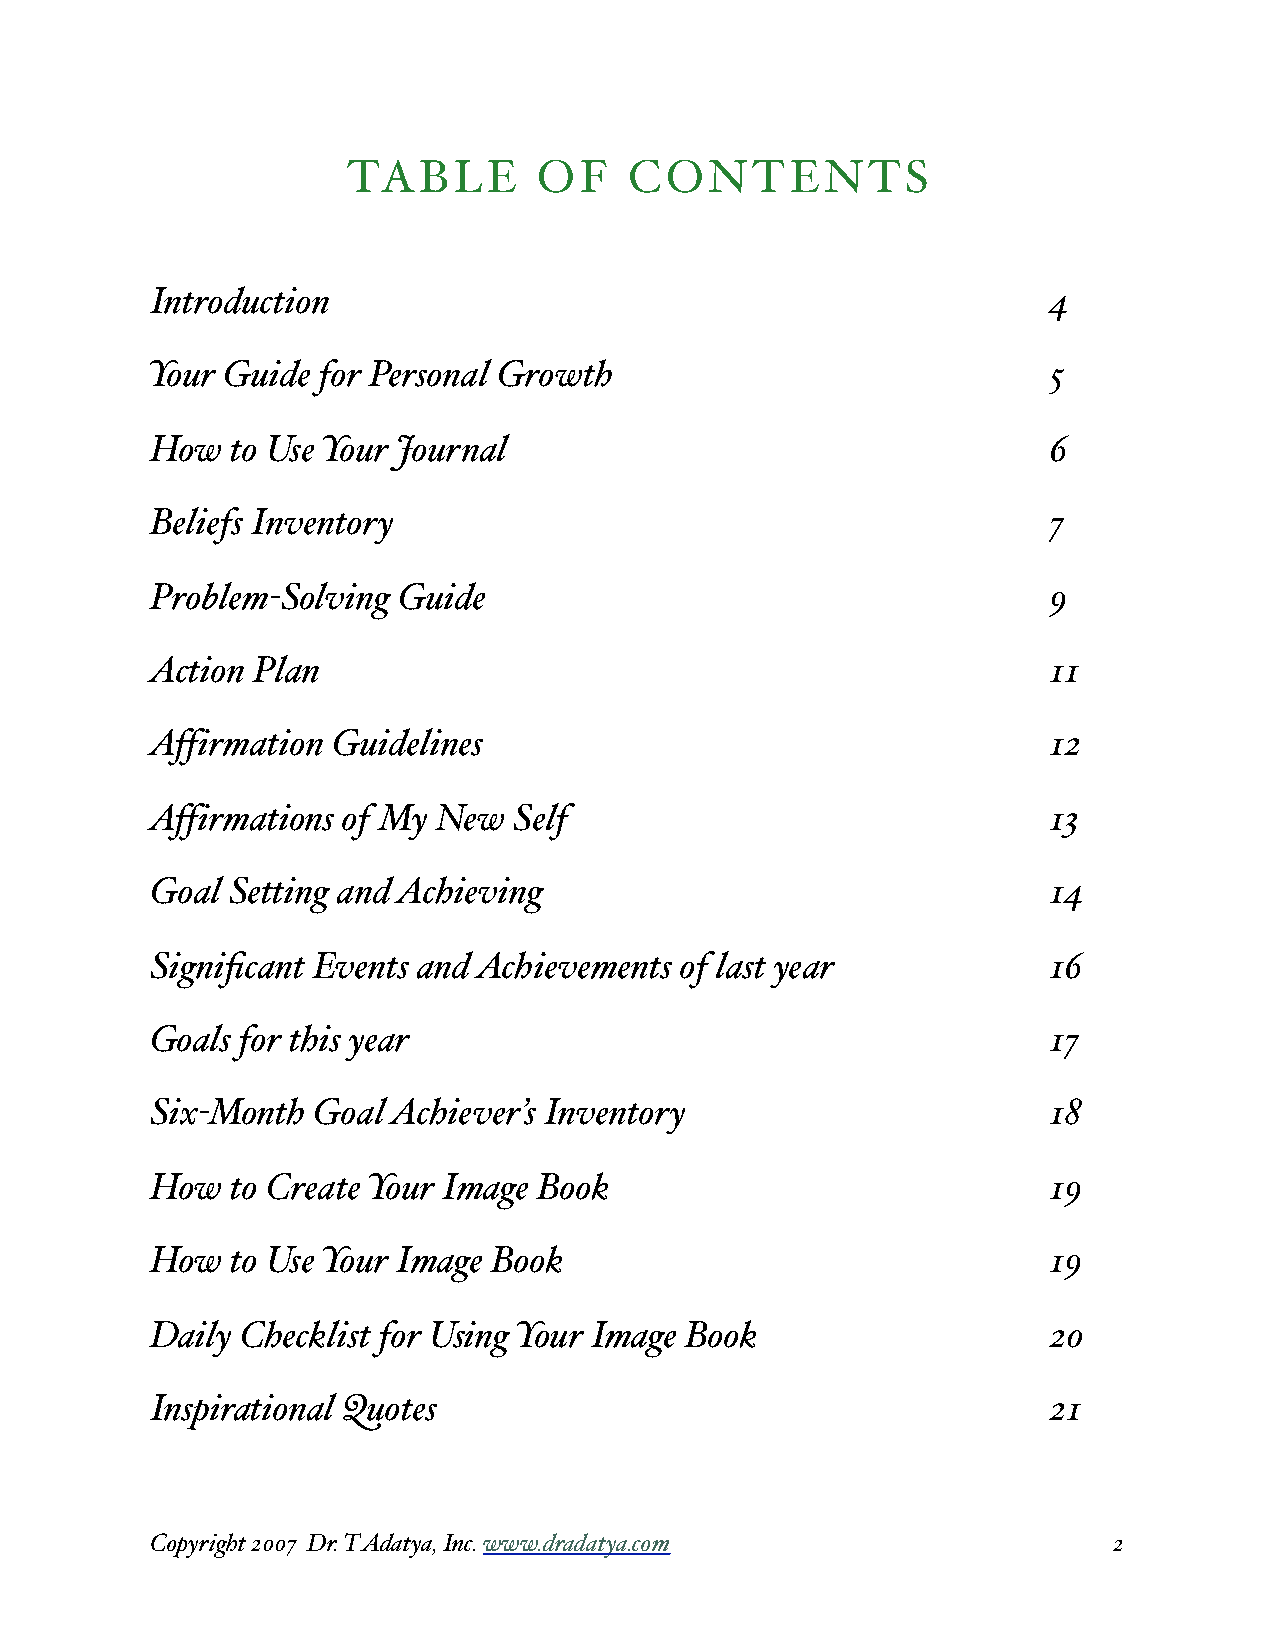
TABLE        OF    CONTENTS
 Introduction                                                4
 Your Guide for Personal Growth                              5
 How  to Use Your Journal                                    6
 Beliefs Inventory                                           7
 Problem-Solving Guide                                       9
 Action Plan                                                 11
 Affirmation Guidelines                                      12
 Affirmations of My New  Self                                13
 Goal Setting and Achieving                                  14
 Significant Events and Achievements of last year            16
 Goals for this year                                         17
 Six-Month  Goal Achiever’s Inventory                        18
 How  to Create Your Image Book                              19
 How  to Use Your Image Book                                 19
 Daily Checklist for Using Your Image Book                   20
 Inspirational Quotes                                        21
 Copyright 2007 Dr. T Adatya, Inc. www.dradatya.com              2